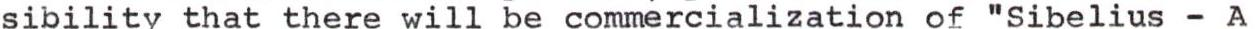
sibility that there will be commercialization of "Sibelius - A